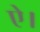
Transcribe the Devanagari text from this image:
ऐ।